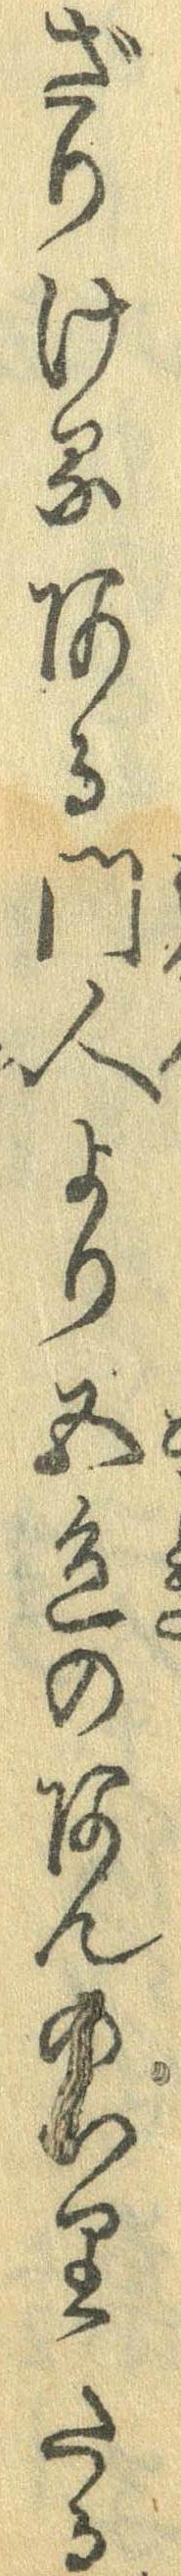
ざりけるある門人より五色のあんのいりたる